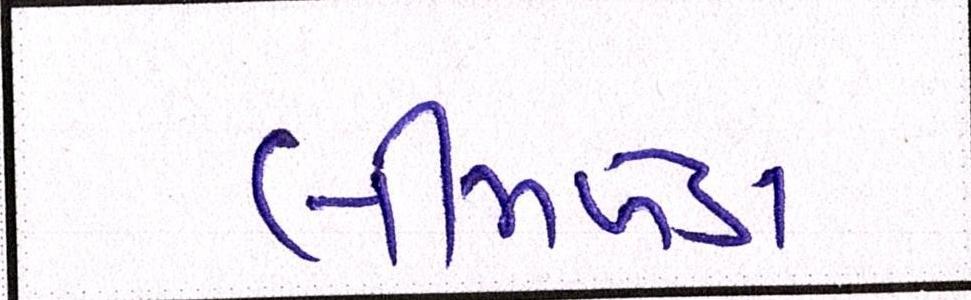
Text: લીમખેડા